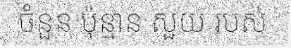
ចំនួន ប៉ុន្មាន សួយ របស់